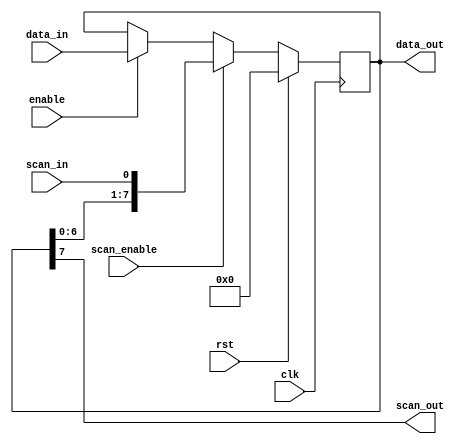
`timescale 1ns / 1ps
//////////////////////////////////////////////////////////////////////////////////
// Company: New York University
// 
// Last Edited Date: 04/19/2023
//////////////////////////////////////////////////////////////////////////////////

module shift_register #(
    parameter WIDTH = 8
)(
    input wire clk,
    input wire rst,
    input wire enable,
    input wire [WIDTH-1:0] data_in,
    output wire [WIDTH-1:0] data_out,
    input wire scan_enable,
    input wire scan_in,
    output wire scan_out
);

    reg [WIDTH-1:0] internal_data;

    // Shift register operation
    always @(posedge clk) begin
        if (rst) begin
            internal_data <= {WIDTH{1'b0}};
        end else if (scan_enable) begin
            if (WIDTH == 1) begin
                internal_data <= scan_in;
            end else begin
                internal_data <= {internal_data[WIDTH-2:0], scan_in};
            end
        end else if (enable) begin
            internal_data <= data_in;
        end
    end

    // Output assignment
    assign data_out = internal_data;
    assign scan_out = internal_data[WIDTH-1];

endmodule